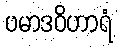
ပမာဒဝိဟာရံ